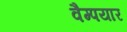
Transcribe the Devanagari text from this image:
वैम्पयार